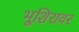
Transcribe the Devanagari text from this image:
भूशिरावर